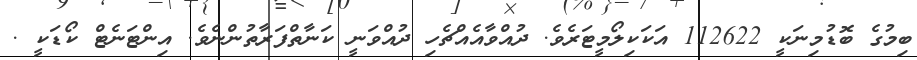
ބިމުގެ ބޮޑުމިނަކީ 112622 އަކަކިލޯމީޓަރެވެ. ދުއްވާއެއްޗެހި ދުއްވަނީ ކަނާތްފަރާތުންނެވެ. އިންޓަނެޓް ކޯޑަކީ .